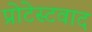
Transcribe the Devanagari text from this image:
प्रोटेस्टवाद